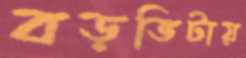
বড়ভিটায়